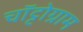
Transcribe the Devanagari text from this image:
चॉट्टोग्राम